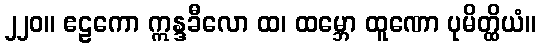
၂၂၀။ ဧဠကော ဣန္ဒခီလော ထ၊ ထမ္ဘော ထူဏော ပုမိတ္ထိယံ။